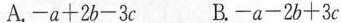
A.$$- a + 2 b - 3 c$$ B.$$- a - 2 b + 3 c$$